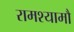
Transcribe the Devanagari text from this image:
रामश्यामौ